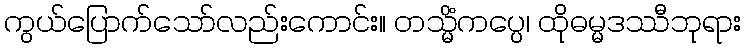
ကွယ်ပြောက်သော်လည်းကောင်း။ တသ္မိံကပ္ပေ၊ ထိုဓမ္မဒဿီဘုရား